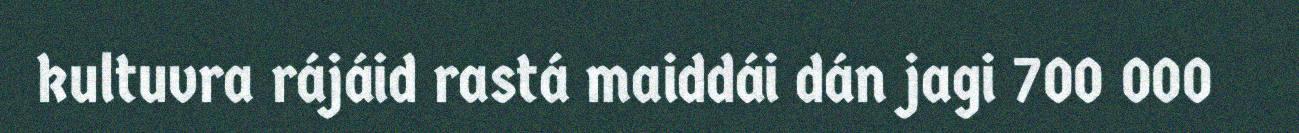
kultuvra rájáid rastá maiddái dán jagi 700 000